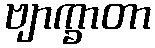
ဗျာက္ခာတာ